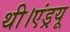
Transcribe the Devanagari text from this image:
थी।एंड्रयू